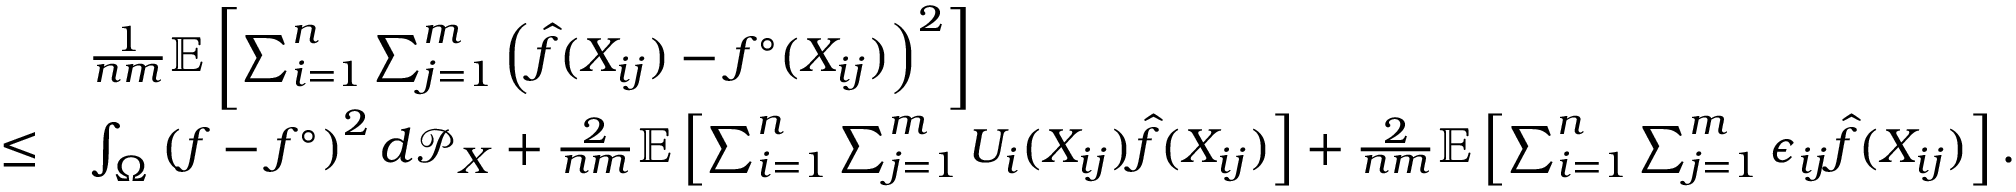
\begin{array} { r l } & { \frac { 1 } { n m } \mathbb { E } \left[ \sum _ { i = 1 } ^ { n } \sum _ { j = 1 } ^ { m } \left( \hat { f } ( X _ { i j } ) - f ^ { \circ } ( X _ { i j } ) \right) ^ { 2 } \right] } \\ { \leq } & { \int _ { \Omega } \left( f - f ^ { \circ } \right) ^ { 2 } d \mathcal { P } _ { X } + \frac { 2 } { n m } \mathbb { E } \left[ \sum _ { i = 1 } ^ { n } \sum _ { j = 1 } ^ { m } U _ { i } ( X _ { i j } ) \hat { f } ( X _ { i j } ) \right] + \frac { 2 } { n m } \mathbb { E } \left[ \sum _ { i = 1 } ^ { n } \sum _ { j = 1 } ^ { m } \epsilon _ { i j } \hat { f } ( X _ { i j } ) \right] . } \end{array}